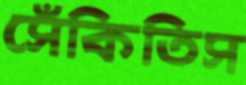
সেঁকিতিস